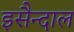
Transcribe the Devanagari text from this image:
इसैन्दाल